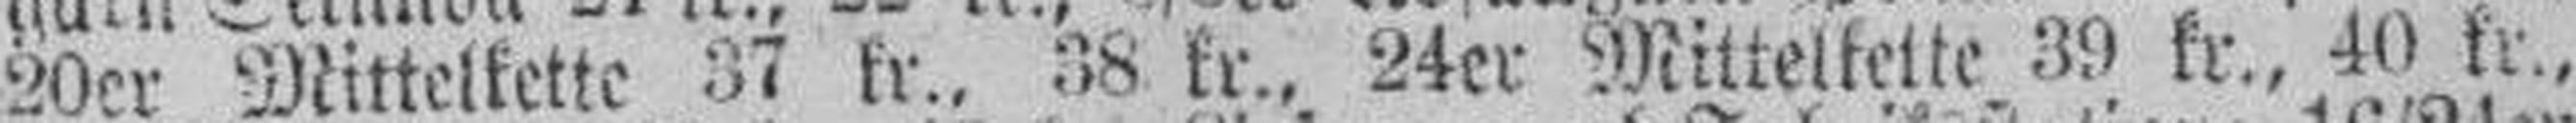
20er Mittelkette 37 kr., 38 kr., 24er Mittelkette 39 kr., 40 kr.,